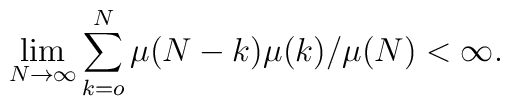
\lim _{N\rightarrow\infty}\sum _{k=o}^N \mu (N-k)\mu          (k)/\mu (N) <\infty .